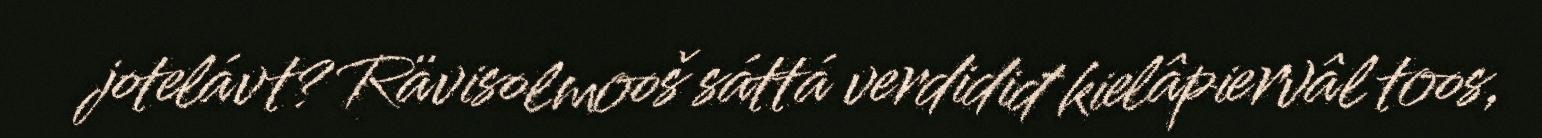
jotelávt? Rävisolmooš sáttá verdidiđ kielâpiervâl toos,